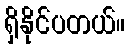
ရှိနိုင်ပတယ်။